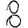
Digit: 8